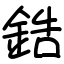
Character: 鋯